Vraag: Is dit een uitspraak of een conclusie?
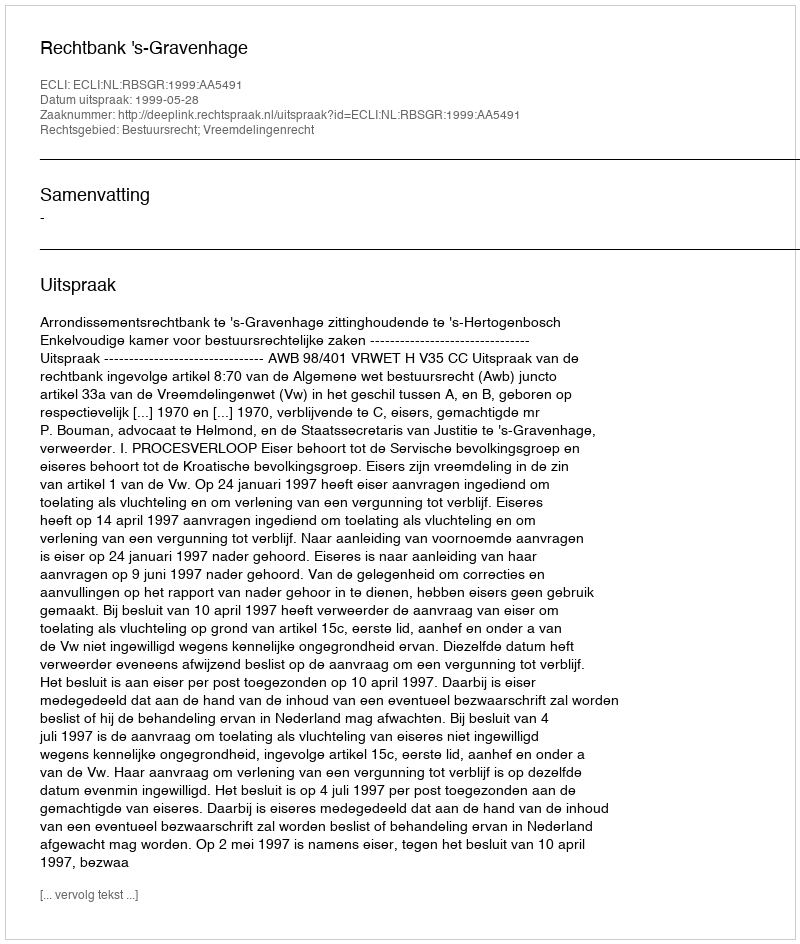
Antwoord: Uitspraak